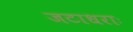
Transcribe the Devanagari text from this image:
जटाधराः